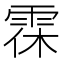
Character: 𩂯